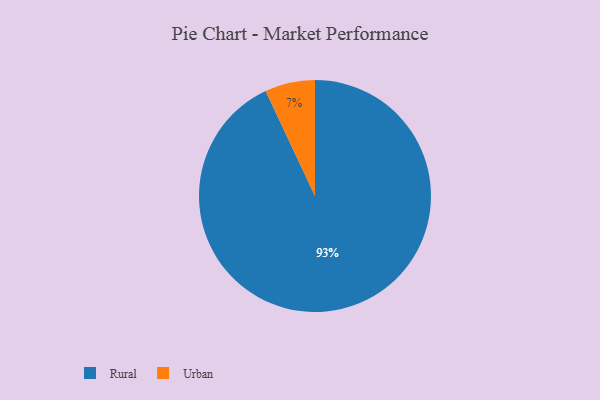
{"axis": {"x": "Category", "y": "Percentage"}, "legend": ["Rural", "Urban"], "data": [{"x": "Urban", "y": 7, "type": "Urban"}, {"x": "Rural", "y": 93, "type": "Rural"}]}